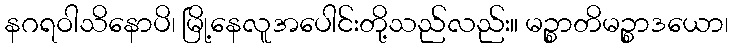
နဂရဝါသိနောပိ၊ မြို့နေလူအပေါင်းတို့သည်လည်း။ မဉ္စာတိမဉ္စာဒယော၊